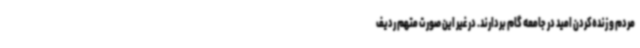
مردم و زنده‌کردن امید در جامعه گام بردارند. در غیر این صورت متهم ردیف